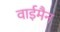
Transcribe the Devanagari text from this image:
वाईमैन